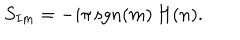
LaTeX: S _ { I m } = - i \pi \, \mathrm { s g n } ( m ) \, H ( n ) .